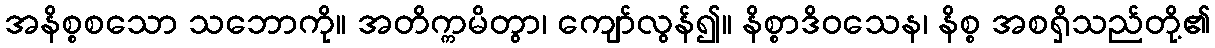
အနိစ္စစသော သဘောကို။ အတိက္ကမိတွာ၊ ကျော်လွန်၍။ နိစ္စာဒိဝသေန၊ နိစ္စ အစရှိသည်တို့၏